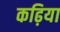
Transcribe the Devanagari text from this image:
कढ़िया